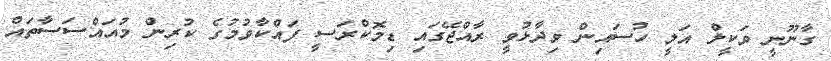
ގާނޫނީ ވަކީލް އަލީ ހުސައިން ވިދާޅުވީ ރާއްޖޭގައި ޑިމޮކްރަސީ ފައްކާވުމުގެ ކުރިން މުއައްސަސާތައް